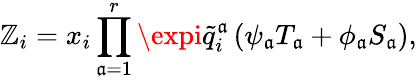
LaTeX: \mathbb{Z}_{i}=x_{i}\prod_{\mathfrak{a}=1}^{r}\expi\widetilde{{q}}_{i}^{\mathfrak{a}}\left(\psi_{\mathfrak{a}}T_{\mathfrak{a}}+\phi_{\mathfrak{a}}S_{\mathfrak{a}}\right),